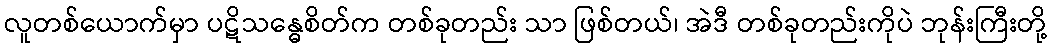
လူတစ်ယောက်မှာ ပဋိသန္ဓေစိတ်က တစ်ခုတည်း သာ ဖြစ်တယ်၊ အဲဒီ တစ်ခုတည်းကိုပဲ ဘုန်းကြီးတို့